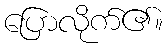
ပြောလိုက်၏။